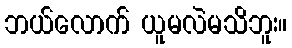
ဘယ်လောက် ယူမလဲမသိဘူး။